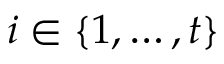
i \in \{ 1 , \ldots , t \}